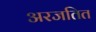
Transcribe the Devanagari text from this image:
अरजतित